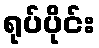
ရုပ်ပိုင်း